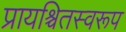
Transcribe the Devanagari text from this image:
प्रायश्चितस्वरूप